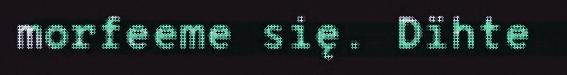
morfeeme się. Dïhte